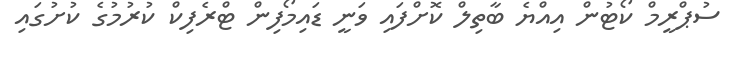
ސުޕްރީމް ކޯޓުން އިއްޔެ ބާތިލް ކޮށްފައި ވަނީ ޑައިމޯފިން ޓްރެފިކް ކުރުމުގެ ކުށުގައި